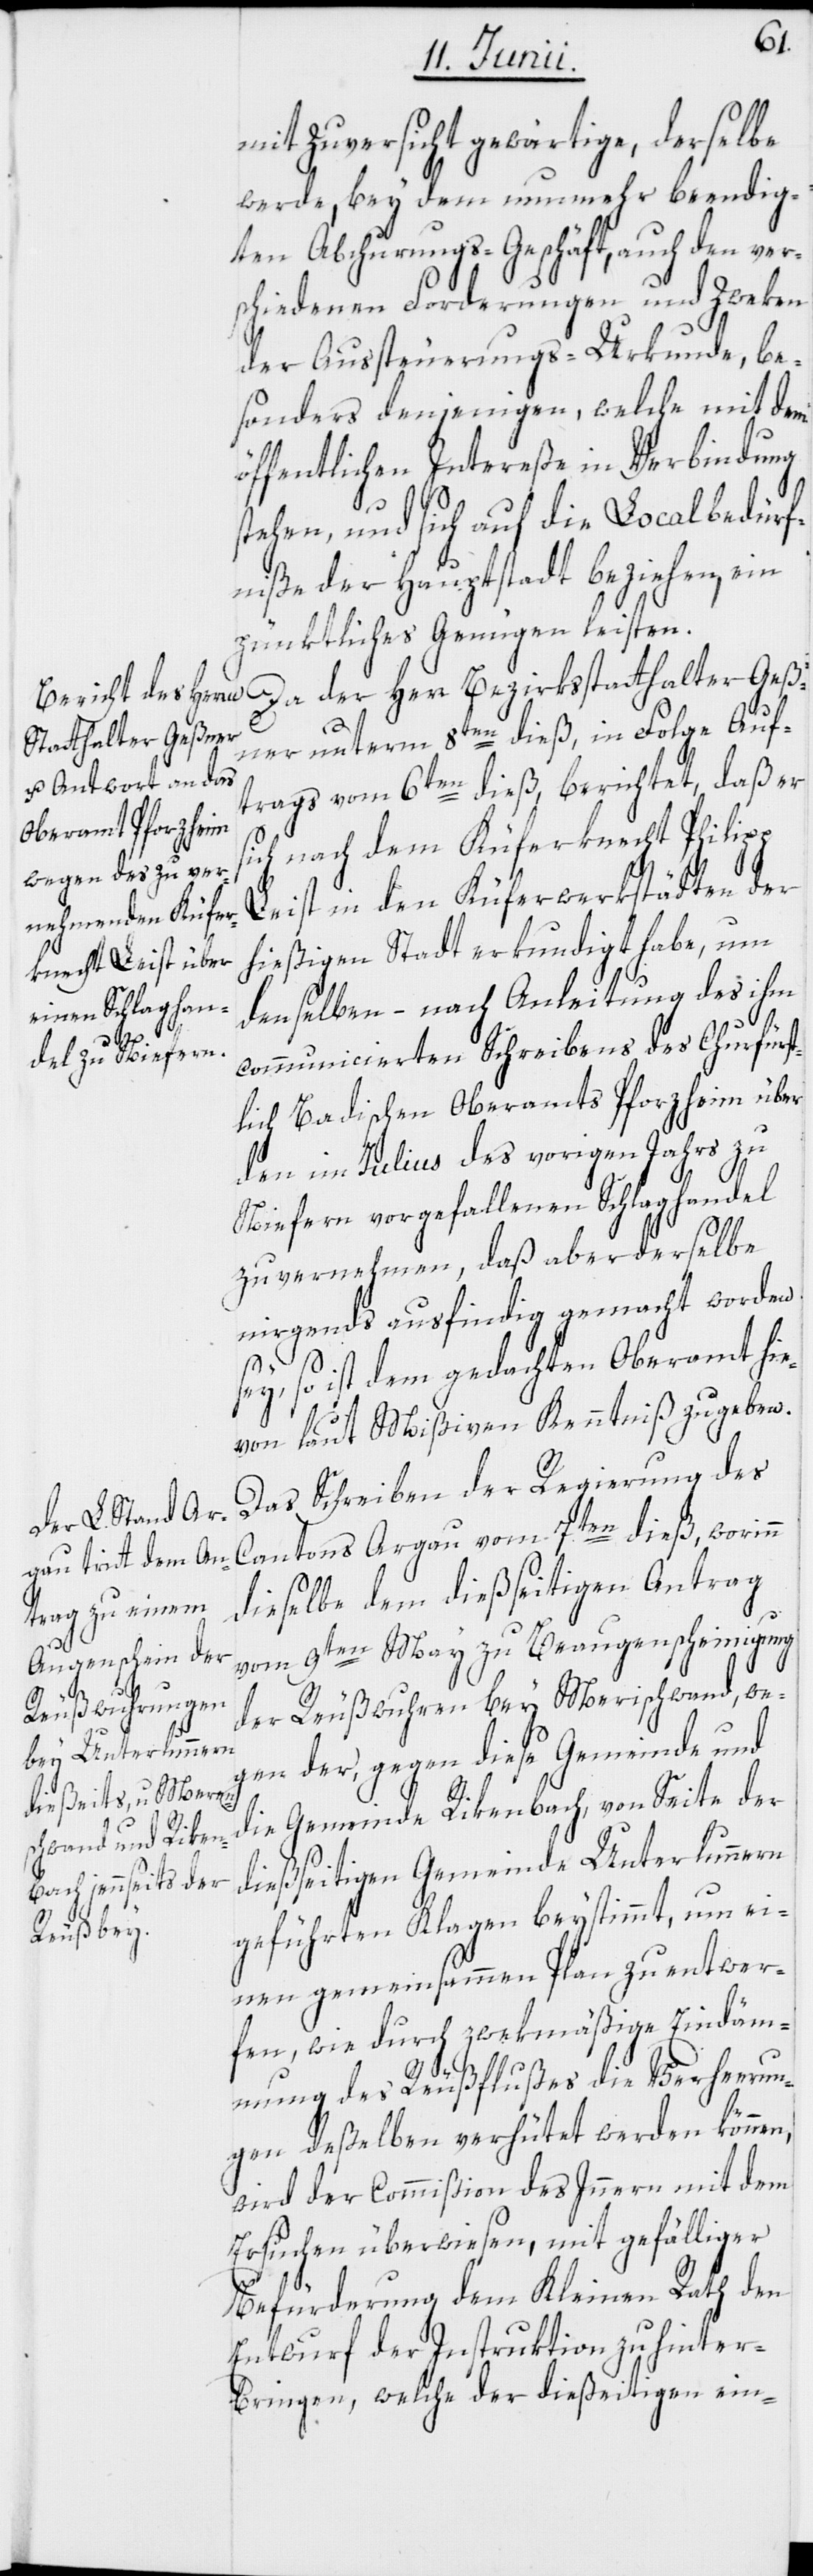
mit Zuversicht gewärtige, derselbe
werde, bey dem nunmehr beendig¬
ten Abchurungs-Geschäft, auch den ver¬
schiedenen Forderungen und Zweken
der Aussteuerungs-Urkunde, be¬
sonders denjenigen, welche mit dem
öffentlichen Intereße in Verbindung
stehen, und sich auf die Localbedürf¬
niße der Hauptstadt beziehen, ein
pünktliches Genügen leisten.
Da der Herr Bezirksstatthalter Geß¬
ner unterm 8ten dieß, in Folge Auf¬
trags vom 6ten dieß, berichtet, daß er
sich nach dem Küferknecht Philipp
Leist in den Küferwerkstädten der
hießigen Stadt erkundigt habe, um
denselben – nach Anleitung des ihm
communicierten Schreibens des Churfürst¬
lich Badischen Oberamts Pforzheim über
den im Julius des vorigen Jahrs zu
Niefern vorgefallenen Schlaghandel
zu vernehmen, daß aber derselbe
nirgends ausfindig gemacht worden
sey, so ist dem gedachten Oberamt hie¬
von laut Mißiven Kenntniß zu geben.
Das Schreiben der Regierung des
Cantons Argau vom 7ten dieß, worinn
dieselbe dem dießseitigen Antrag
vom 9ten May zu Beaugenscheinigung
der Reußwuhren bey Merischwand, we¬
gen der, gegen diese Gemeinde und
die Gemeinde Rikenbach, von Seite der
dießseitigen Gemeinde Unterlunnern
geführten Klagen beystimmt, um ei¬
nen gemeinsammen Plan zu entwer¬
fen, wie durch zwekmäßige Eindäm¬
mung des Reußflußes die Verheerun¬
gen deßelben verhütet werden können,
wird der Commißion des Innern mit dem
Ersuchen überwiesen, mit gefälliger
Befürderung dem Kleinen Rath den
Entwurf der Instruktion zu hinter¬
bringen, welche der dießeitigen ein-